Elephants and their diseases
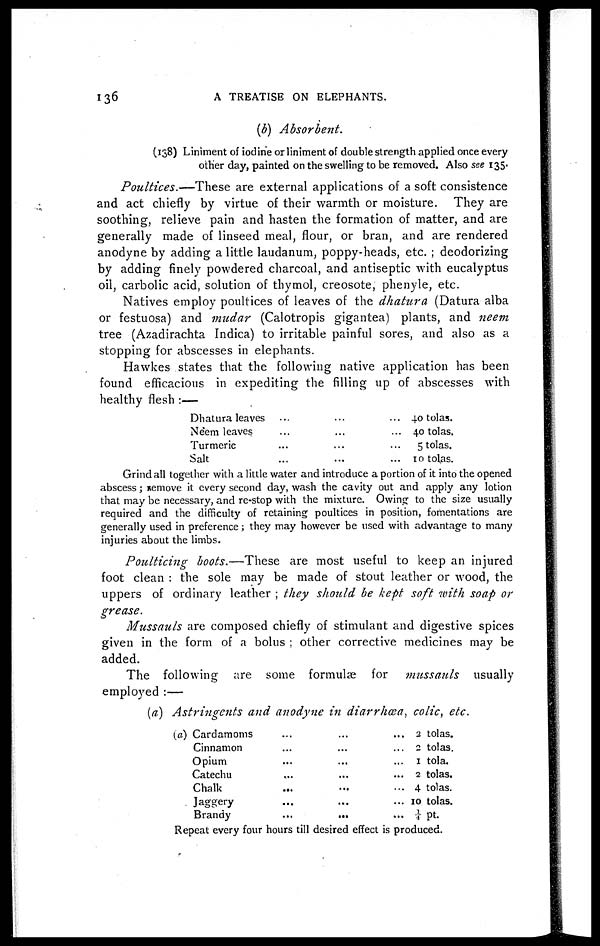
136
A TREATISE ON ELEPHANTS.
(b) Absorbent.
(138) Liniment of iodine or liniment of double strength applied once every
other day, painted on the swelling to be removed. Also see 135-
Poultices.—These are external applications of a soft consistence
and act chiefly by virtue of their warmth or moisture. They are
soothing, relieve pain and hasten the formation of matter, and are
generally made of linseed meal, flour, or bran, and are rendered
anodyne by adding a little laudanum, poppy-heads, etc. ; deodorizing
by adding finely powdered charcoal, and antiseptic with eucalyptus
oil, carbolic acid, solution of thymol, creosote, phenyle, etc.
Natives employ poultices of leaves of the dhatura (Datura alba
or festuosa) and mudar (Calotropis gigantea) plants, and neem
tree (Azadirachta Indica) to irritable painful sores, and also as a
stopping for abscesses in elephants.
Hawkes states that the following native application has been
found efficacious in expediting the filling up of abscesses with
healthy flesh :—
Dhatura leaves ... ... ...
Neem leaves ... ... ...
Turmeric ... ... ...
Salt ... ... ...
40 tolas.
40 tolas.
5 tolas.
10 tolas.
Grind all together with a little water and introduce a portion of it into the opened
abscess ; remove it every second day, wash the cavity out and apply any lotion
that may be necessary, and re-stop with the mixture. Owing to the size usually
required and the difficulty of retaining poultices in position, fomentations are
generally used in preference ; they may however be used with advantage to many
injuries about the limbs.
Poulticing boots.—These are most useful to keep an injured
foot clean : the sole may be made of stout leather or wood, the
uppers of ordinary leather ; they should be kept soft with soap or
grease.
Mussauls are composed chiefly of stimulant and digestive spices
given in the form of a bolus ; other corrective medicines may be
added.
The following are some formulae for mussauls
usually
employed :—
(a) Astringents and anodyne in diarrhoea, colic, etc.
(a) Cardamoms ... ... ...
Cinnamon ... ... ...
Opium ... ... ...
Catechu ... ... ...
Chalk ... ... ...
Jaggery ... ... ...
Brandy ... ... ...
2 tolas.
2 tolas.
1 tola.
2 tolas.
4 tolas.
10 tolas.
¼ pt.
Repeat every four hours till desired effect is produced.